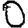
Digit: 0